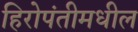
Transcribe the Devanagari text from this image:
हिरोपंतीमधील